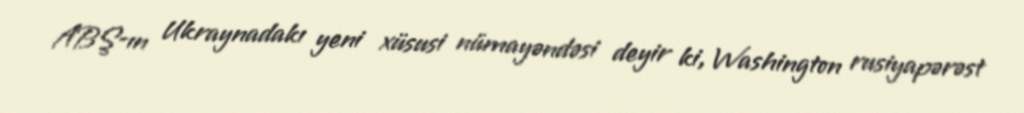
ABŞ-ın Ukraynadakı yeni xüsusi nümayəndəsi deyir ki, Washington rusiyapərəst